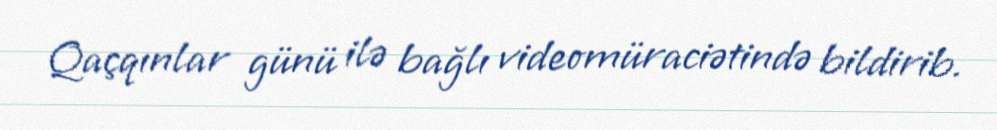
Qaçqınlar günü ilə bağlı videomüraciətində bildirib.